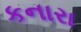
કનારા